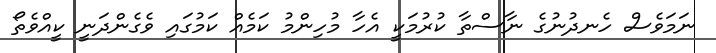
ނަމަވެސް ހެނދުނުގެ ނާސްތާ ކުރުމަކީ އެހާ މުހިންމު ކަމެއް ކަމުގައި ވެގެންދަނީ ކީއްވެތޯ